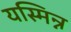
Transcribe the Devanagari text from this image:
यस्मिन्न